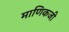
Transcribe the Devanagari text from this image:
माणिकजी